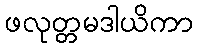
ဖလုတ္တမဒါယိကာ